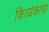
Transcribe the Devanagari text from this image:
कित्येकांचा